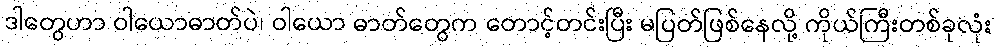
ဒါတွေဟာ ဝါယောဓာတ်ပဲ၊ ဝါယော ဓာတ်တွေက တောင့်တင်းပြီး မပြတ်ဖြစ်နေလို့ ကိုယ်ကြီးတစ်ခုလုံး